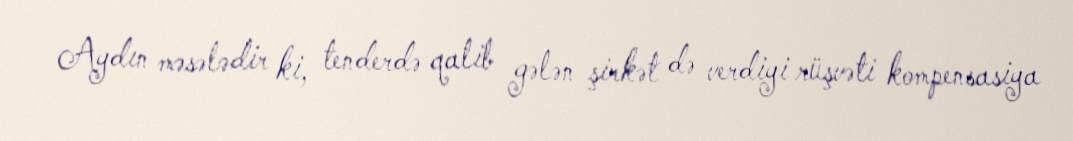
Aydın məsələdir ki, tenderdə qalib gələn şirkət də verdiyi rüşvəti kompensasiya